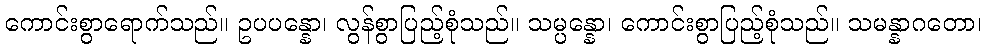
ကောင်းစွာရောက်သည်။ ဥပပန္နော၊ လွန်စွာပြည့်စုံသည်။ သမ္ပန္နော၊ ကောင်းစွာပြည့်စုံသည်။ သမန္နာဂတော၊